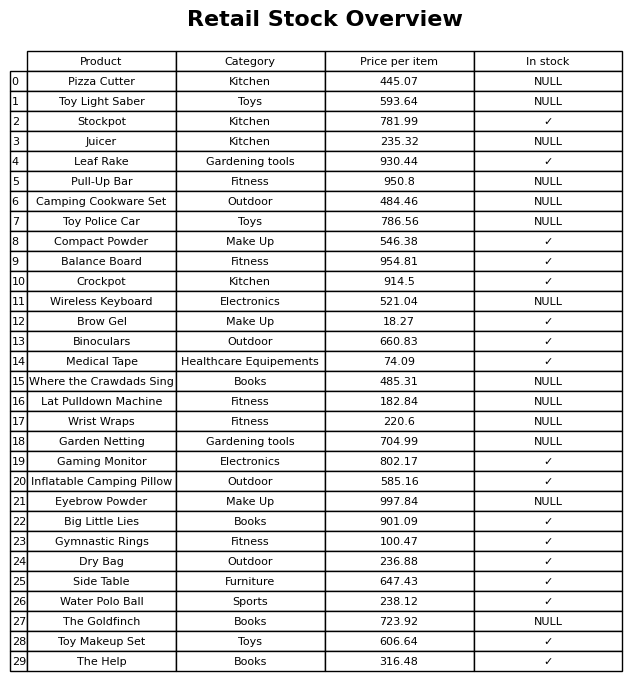
question: Which products are currently out of stock?
answer: Pizza Cutter, Toy Light Saber, Juicer, Pull-Up Bar, Camping Cookware Set, Toy Police Car, Wireless Keyboard, Where the Crawdads Sing, Lat Pulldown Machine, Wrist Wraps, Garden Netting, Eyebrow Powder, The Goldfinch